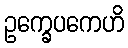
ဥက္ခေပကေဟိ